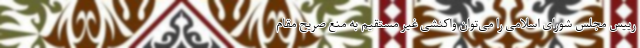
رییس مجلس شورای اسلامی را می‌توان واکنشی غیر مستقیم به منع صریح مقام